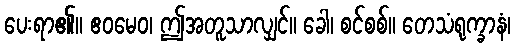
ပေးရာ၏။ ဧဝမေဝ၊ ဤအတူသာလျှင်။ ခေါ၊ စင်စစ်။ တေသံရုက္ခာနံ၊